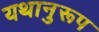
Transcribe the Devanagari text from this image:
यथानुरूप